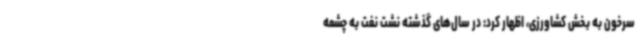
سرخون به بخش کشاورزی، اظهار کرد: در سال‌های گذشته نشت نفت به چشمه‌